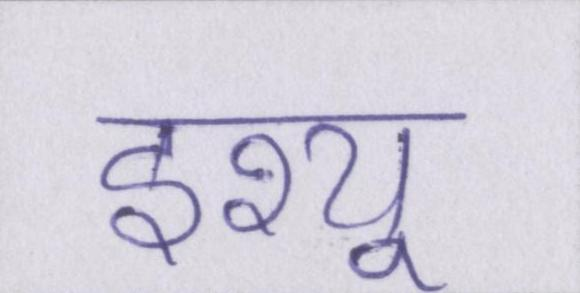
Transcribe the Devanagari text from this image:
इश्यू